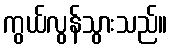
ကွယ်လွန်သွားသည်။